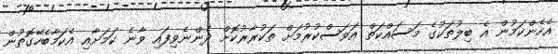
އެހެންކަމުން އެ ބިލުތަކުގެ މަސައްކަތް އަވަސްކުރުމަށް ތަކުރާރުކޮށް ދެންނެވިފައި ވާނެ ކަމަށާއި އެކަމާބެހޭގޮތުން